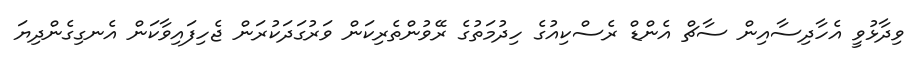
ވިދާޅުވީ އެހާދިސާއިން ސާޗް އެންޑް ރެސްކިއުގެ ހިދުމަތުގެ ރޭވުންތެރިކަން ވަރުގަދަކުރަން ޖެހިފައިވާކަން އެނގިގެންދިޔަ